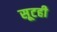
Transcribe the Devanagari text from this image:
सूटही